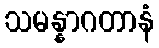
သမန္နာဂတာနံ